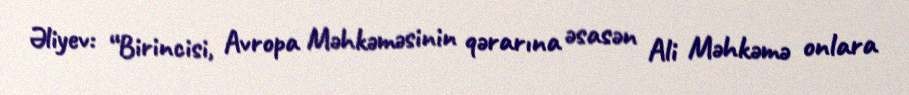
Əliyev: “Birincisi, Avropa Məhkəməsinin qərarına əsasən Ali Məhkəmə onlara